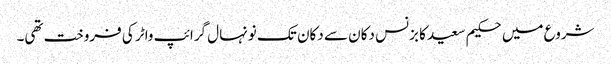
شروع میں حکیم سعید کا بزنس دکان سے دکان تک نونہال گرائپ واٹر کی فروخت تھی۔